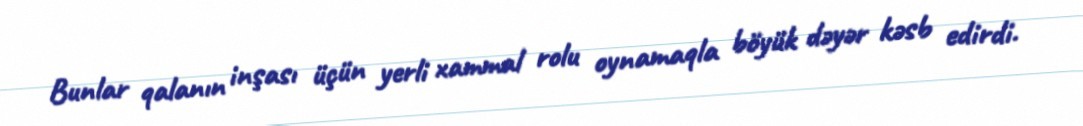
Bunlar qalanın inşası üçün yerli xammal rolu oynamaqla böyük dəyər kəsb edirdi.